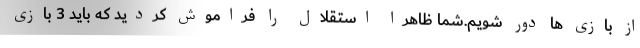
از بازی ها دور شویم.شما ظاهرا استقلال را فراموش کردید که باید 3 بازی